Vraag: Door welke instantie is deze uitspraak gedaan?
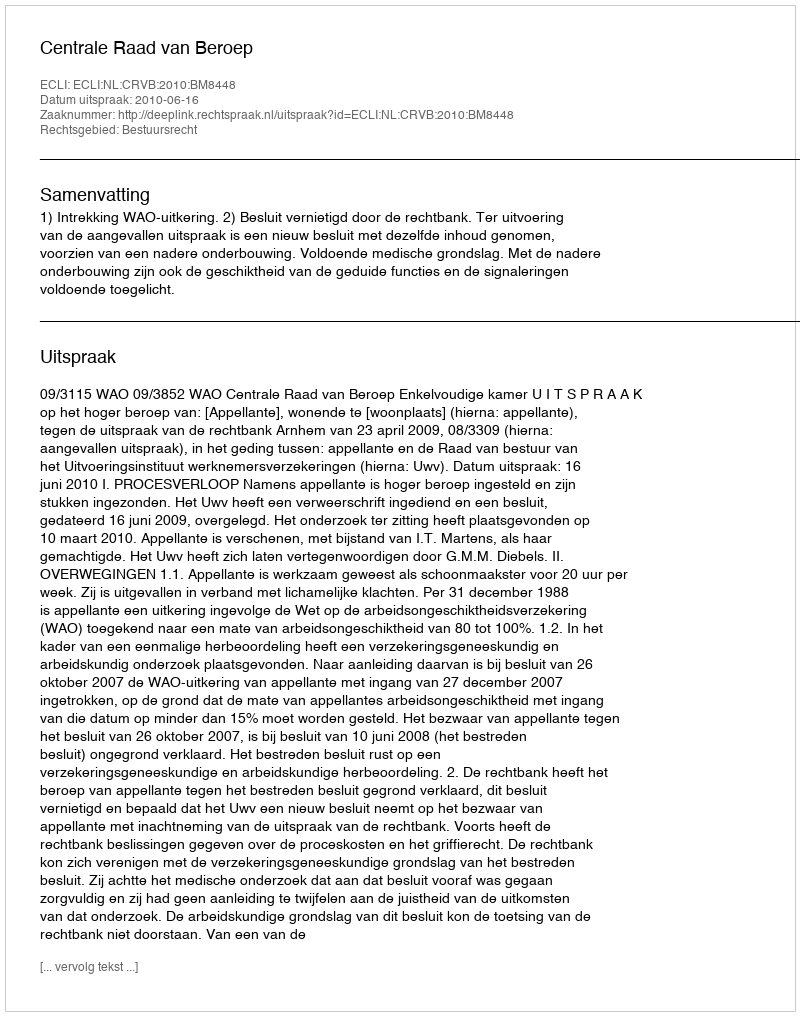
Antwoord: Centrale Raad van Beroep